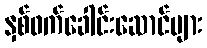
နှစ်ဖက်ခေါင်းဆောင်များ